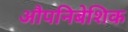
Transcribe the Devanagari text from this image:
औपनिबेशिक